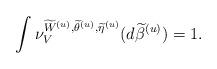
LaTeX: \begin{align*}\int \nu_V^{\widetilde{W}^{(u)},\widetilde\theta^{(u)},\widetilde\eta^{(u)}}(d\widetilde{\beta}^{(u)}) =1.\end{align*}